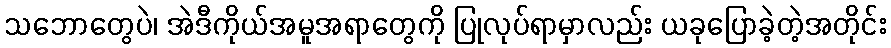
သဘောတွေပဲ၊ အဲဒီကိုယ်အမူအရာတွေကို ပြုလုပ်ရာမှာလည်း ယခုပြောခဲ့တဲ့အတိုင်း